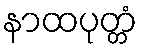
နာထပုတ္တံ